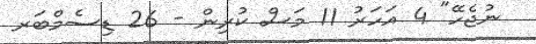
ނުޖެހޭ" 4 އަހަރު 11 މަސް ކުރިން - 26 ޑިސެމްބަރ